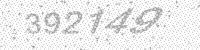
Solution: 392149